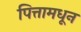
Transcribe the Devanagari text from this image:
पित्तामधून